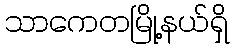
သာကေတမြို့နယ်ရှိ